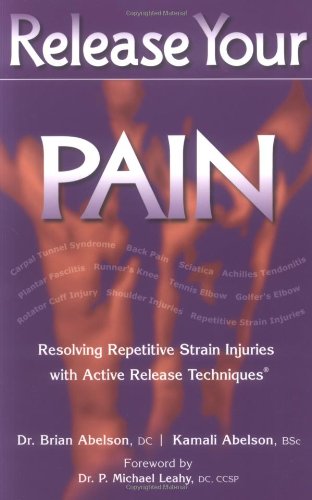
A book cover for Release Your Pain: Resolving Repetitive Strain Injuries with Active Release Techniques; Brian Abelson; Health, Fitness & Dieting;